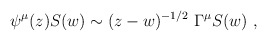
\begin{align*}\psi^\mu(z) S(w) \sim (z-w)^{-1/2}\ \Gamma^\mu S(w)\ ,\end{align*}